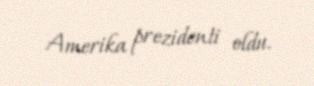
Amerika prezidenti oldu.